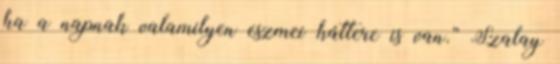
ha a napnak valamilyen eszmei háttere is van.” Szalay